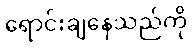
ရောင်းချနေသည်ကို